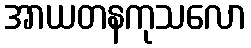
အာယတနကုသလော